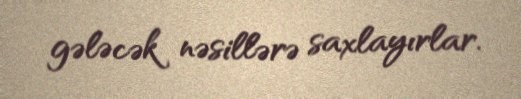
gələcək nəsillərə saxlayırlar.